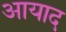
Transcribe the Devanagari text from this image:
आयाद